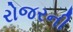
રોજરની